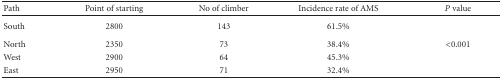
<table><thead><tr><td><b>Path</b></td><td><b>Point of starting</b></td><td><b>No of climber</b></td><td><b>Incidence rate of AMS</b></td><td><b><i>P</i> value</b></td></tr></thead><tbody><tr><td>South</td><td>2800</td><td>143</td><td>61.5%</td><td></td></tr><tr><td>North</td><td>2350</td><td>73</td><td>38.4%</td><td>&lt;0.001</td></tr><tr><td>West</td><td>2900</td><td>64</td><td>45.3%</td><td></td></tr><tr><td>East</td><td>2950</td><td>71</td><td>32.4%</td><td></td></tr></tbody></table>